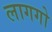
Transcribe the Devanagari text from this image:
लागगो